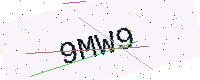
Text: 9MW9